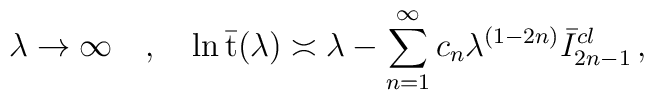
\lambda \rightarrow \infty \quad , \quad \ln \bar {\mbox {t}}(\lambda)\asymp\lambda - \sum _{n=1}^\infty c_n \lambda ^{(1-2n)}\bar I_{2n-1}^{cl} \, ,